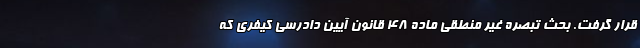
قرار گرفت. بحث تبصره غیر منطقی ماده ۴۸ قانون آیین دادرسی کیفری که